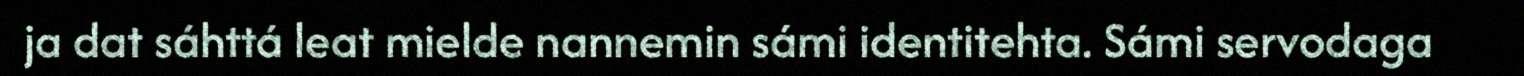
ja dat sáhttá leat mielde nannemin sámi identitehta. Sámi servodaga